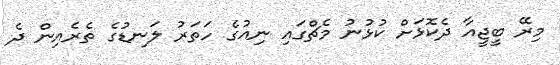
މިރޭ ބީޖީއާ ދެކޮޅަށް ކުޅުނު މެޗްގައި ނިއުގެ ހަތަރު ލަނޑުގެ ތެރެއިން ދެ